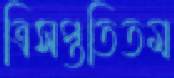
ত্রিসপ্ততিতম